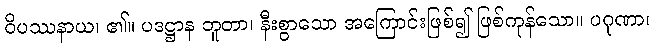
ဝိပဿနာယ၊ ၏။ ပဒဋ္ဌာန ဘူတာ၊ နီးစွာသော အကြောင်းဖြစ်၍ ဖြစ်ကုန်သော။ ပဂုဏာ၊